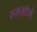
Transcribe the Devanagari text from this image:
समझोगे